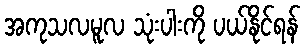
အကုသလမူလ သုံးပါးကို ပယ်နိုင်ရန်